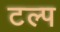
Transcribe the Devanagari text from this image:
टल्प